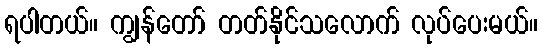
ရပါတယ်။ ကျွန်တော် တတ်နိုင်သလောက် လုပ်ပေးမယ်။